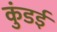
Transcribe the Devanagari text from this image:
कुंडई